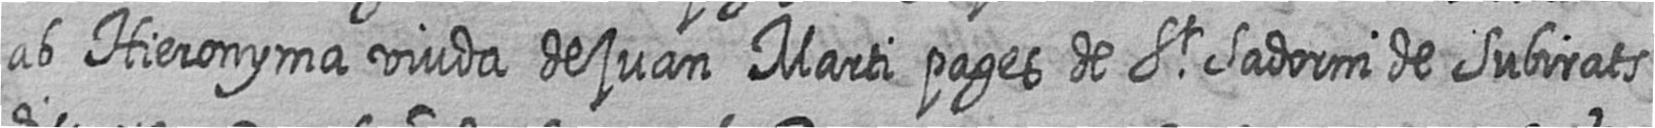
ab Hieronyma viuda de juan Marti pages de St Sadorni de Subirats